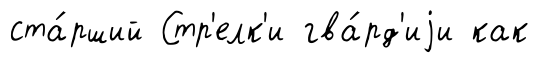
ста́рший Стр'елк'и гва́рд'иjи как